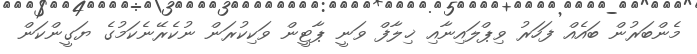
މެންބަރުން ބައެއް ފަހަރު ވިޕްލައިނާއި ޚިލާފް ވަނީ ޕާޓީން ވަކިކުރަން ނުކެރޭނެކަމުގެ ޔަގީންކަން